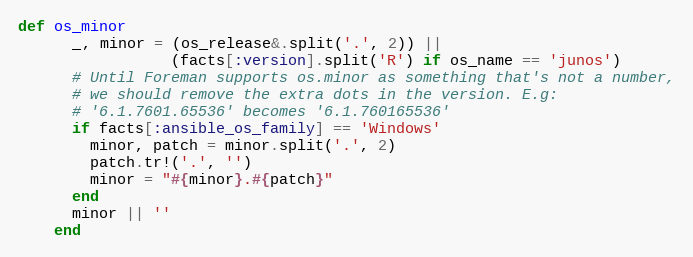
Language: Ruby
def os_minor
      _, minor = (os_release&.split('.', 2)) ||
                 (facts[:version].split('R') if os_name == 'junos')
      # Until Foreman supports os.minor as something that's not a number,
      # we should remove the extra dots in the version. E.g:
      # '6.1.7601.65536' becomes '6.1.760165536'
      if facts[:ansible_os_family] == 'Windows'
        minor, patch = minor.split('.', 2)
        patch.tr!('.', '')
        minor = "#{minor}.#{patch}"
      end
      minor || ''
    end